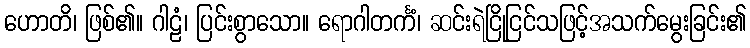
ဟောတိ၊ ဖြစ်၏။ ဂါဠံ၊ ပြင်းစွာသော။ ရောဂါတင်္ကံ၊ ဆင်းရဲငြိုငြင်သဖြင့်အသက်မွေးခြင်း၏